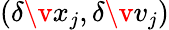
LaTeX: (\delta\v{x}_{j},\delta\v{v}_{j})